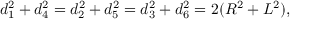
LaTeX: d _ { 1 } ^ { 2 } + d _ { 4 } ^ { 2 } = d _ { 2 } ^ { 2 } + d _ { 5 } ^ { 2 } = d _ { 3 } ^ { 2 } + d _ { 6 } ^ { 2 } = 2 ( R ^ { 2 } + L ^ { 2 } ) ,